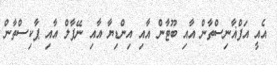
އެއީ އަފްޣާނިސްތާން އާއި ބޫޓާން އާއި އިންޑިޔާ އާއި ނޭޕާލް އާއި ޕާކިސްތާން